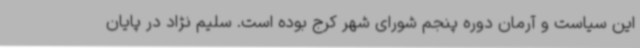
این سیاست و آرمان دوره پنجم شورای شهر کرج بوده است. سلیم نژاد در پایان